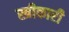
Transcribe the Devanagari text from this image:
स्त्रीकारी